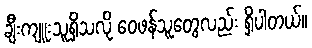
ချီးကျူးသူရှိသလို ဝေဖန်သူတွေလည်း ရှိပါတယ်။